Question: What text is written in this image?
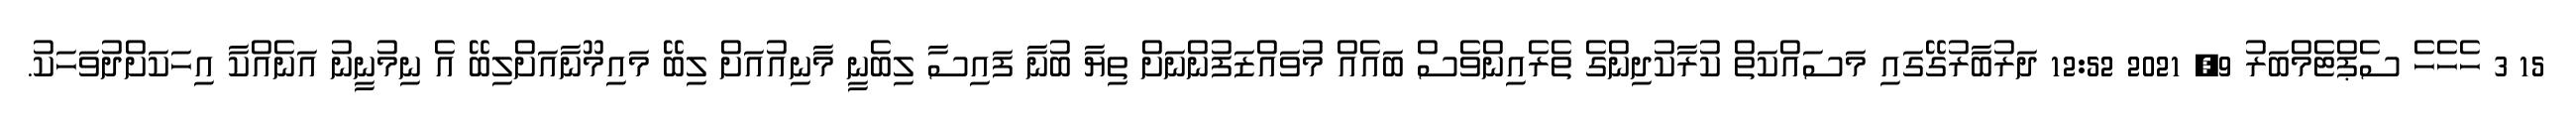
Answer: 15 3 ހެހެހެ ސެޕްޓެމްބަރު 9, 2021 12:52 ދަރުބާރުގޭގައި މަސައްކަތް ކުރާކުދިންގެ ތެރެއިންވެސް ބައެއް މުވައްޒަފުންނަށް ތިޔާ ބުނާ ފައިސާ ލިބެނީ މާނިއުއަށް ލިބޭ މައިމޫނާއަށްލިބޭ އެ ނިމުނީނު އަނެއްކާ އިހަކަށްދުވަހަކު.